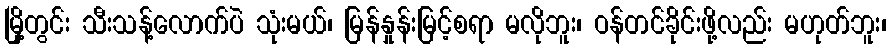
မြို့တွင်း သီးသန့်လောက်ပဲ သုံးမယ်၊ မြန်နှုန်းမြင့်စရာ မလိုဘူး၊ ဝန်တင်ခိုင်းဖို့လည်း မဟုတ်ဘူး၊